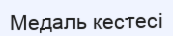
Медаль кестесі